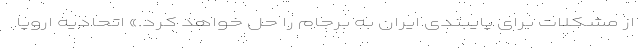
از مشکلات برای پایبندی ایران به برجام را حل خواهد کرد.» اتحادیه اروپا